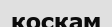
қосқам